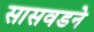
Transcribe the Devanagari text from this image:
सासवडने